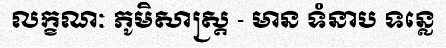
លក្ខណៈ ភូមិសាស្ត្រ - មាន ទំនាប ទន្លេ